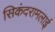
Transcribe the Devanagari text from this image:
सिकंदरामलाई